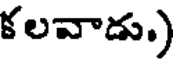
కలవాడు.)